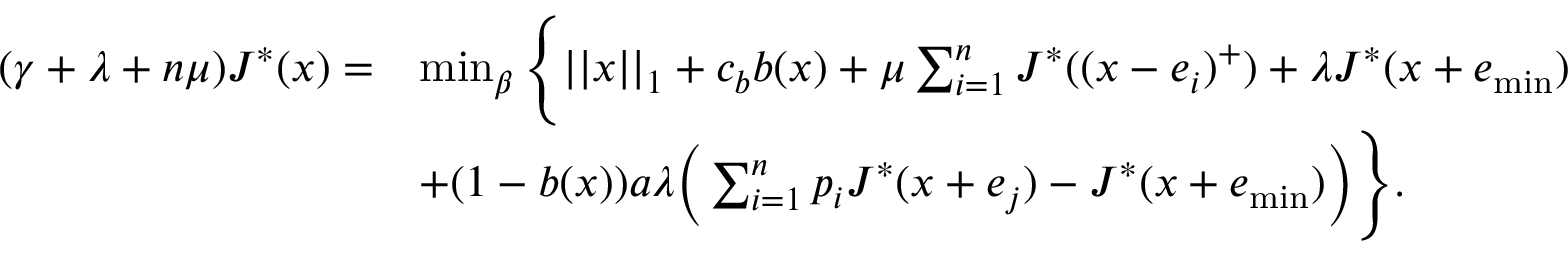
\begin{array} { r l } { ( \gamma + \lambda + n \mu ) J ^ { * } ( x ) = } & { \operatorname* { m i n } _ { \beta } \Bigg \{ | | x | | _ { 1 } + c _ { b } b ( x ) + \mu \sum _ { i = 1 } ^ { n } J ^ { * } ( ( x - e _ { i } ) ^ { + } ) + \lambda J ^ { * } ( x + e _ { \operatorname* { m i n } } ) } \\ & { + ( 1 - b ( x ) ) a \lambda \bigg ( \sum _ { i = 1 } ^ { n } p _ { i } J ^ { * } ( x + e _ { j } ) - J ^ { * } ( x + e _ { \operatorname* { m i n } } ) \bigg ) \Bigg \} . } \end{array}